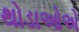
થોડાઓએ